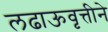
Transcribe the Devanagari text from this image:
लढाऊवृत्तीने